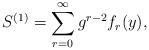
LaTeX: \begin{align*}S^{(1)} = \sum_{r=0}^\infty g^{r-2} f_r(y),\end{align*}